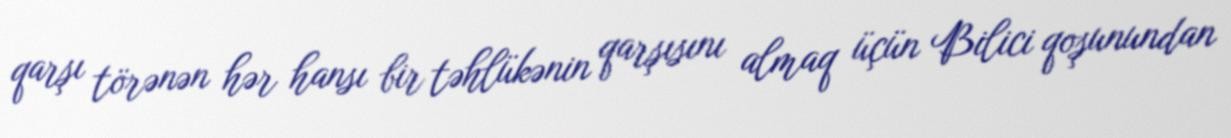
qarşı törənən hər hansı bir təhlükənin qarşısını almaq üçün Bilici qoşunundan